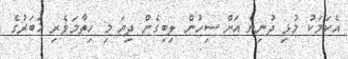
އެކަމަކު މުޅި ދުނިޔެ އަށް ސިހުން ލިބިގެން ދިޔަ މި ހިތާމަވެރި ޚަބަރުގެ